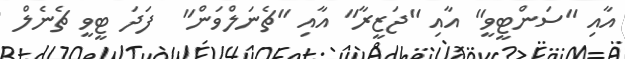
އާއި "ސަންޓީވީ" އާއި "ޖަޒީރާ" އާއި "ޗެނަލްވަން"  ފަދަ ޓީވީ ޗެނެލް